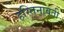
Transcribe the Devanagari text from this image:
हस्तिनावती